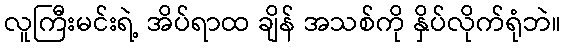
လူကြီးမင်းရဲ့ အိပ်ရာထ ချိန် အသစ်ကို နှိပ်လိုက်ရုံဘဲ။